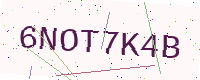
Text: 6NOT7K4B